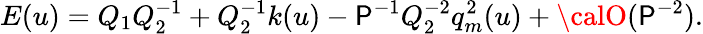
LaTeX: E(u)=Q_{1}Q_{2}^{-1}+Q_{2}^{-1}k(u)-\mathsf{P}^{-1}Q_{2}^{-2}q_{m}^{2}(u)+{\calO}(\mathsf{P}^{-2}).